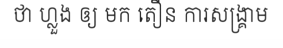
ថា ហ្លួង ឲ្យ មក តឿន ការសង្គ្រាម